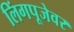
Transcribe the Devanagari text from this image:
लिंगपूजेवर